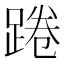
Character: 踡